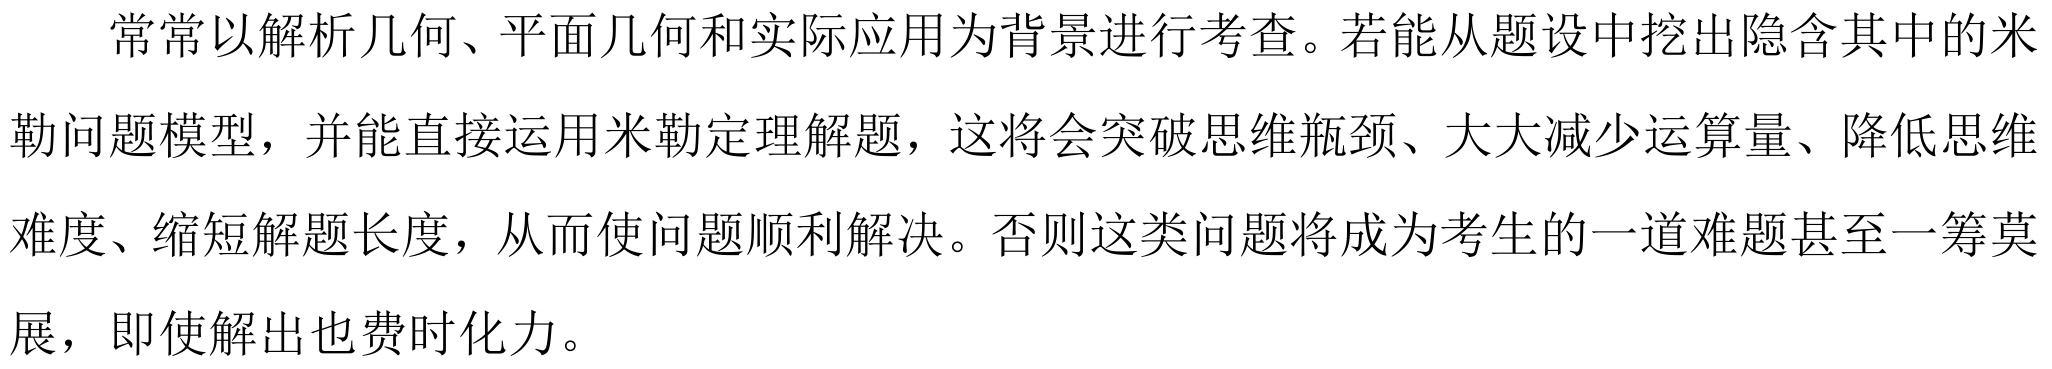
常常以解析几何、平面几何和实际应用为背景进行考查。若能从题设中挖出隐含其中的米勒问题模型，并能直接运用米勒定理解题，这将会突破思维瓶颈、大大减少运算量、降低思维难度、缩短解题长度，从而使问题顺利解决。否则这类问题将成为考生的一道难题甚至一筹莫展，即使解出也费时化力。